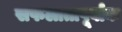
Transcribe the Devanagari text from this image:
सफलातापूर्वाक